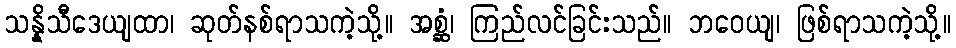
သန္နိသီဒေယျထာ၊ ဆုတ်နစ်ရာသကဲ့သို့။ အစ္ဆံ၊ ကြည်လင်ခြင်းသည်။ ဘဝေယျ၊ ဖြစ်ရာသကဲ့သို့။